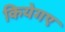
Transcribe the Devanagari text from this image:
कियेगए